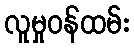
လူမှုဝန်ထမ်း